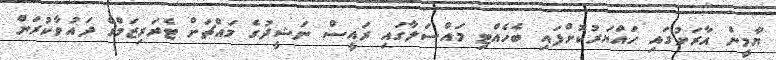
ޔާމީން އާރަށުގައި ހައްޔަރުކޮށްފައި ބެހެއްޓި މައްސަލާގައި ރައީސް ނަޝީދުގެ މައްޗަށް ޓެރަރިޒަމްގެ ދައުވާކުރަން